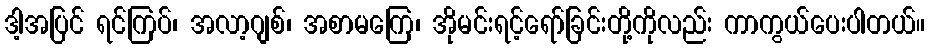
ဒါ့အပြင် ရင်ကြပ်၊ အလာ့ဂျစ်၊ အစာမကြေ၊ အိုမင်းရင့်ရော်ခြင်းတို့ကိုလည်း ကာကွယ်ပေးပါတယ်။